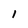
Character: 1